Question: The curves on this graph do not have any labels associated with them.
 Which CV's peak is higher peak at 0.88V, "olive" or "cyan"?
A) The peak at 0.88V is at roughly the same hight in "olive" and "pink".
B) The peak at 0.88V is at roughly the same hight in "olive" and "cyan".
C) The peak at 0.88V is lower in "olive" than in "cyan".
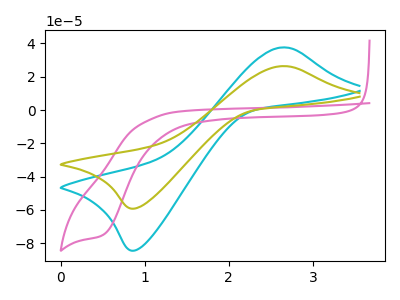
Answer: <think>The cyan curve "cyan" has an anodic peak at (2.65V, 37.65uA) and a cathodic peak at (0.90V, -84.45uA). The pink curve "pink" has a cathodic peak at: (0.50V, -74.75uA). The olive curve "olive" has an anodic peak at (2.65V, 26.40uA) and a cathodic peak at (0.90V, -59.20uA).</think>
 <answer>C) The peak at 0.88V is lower in "olive" than in "cyan".</answer>
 <eval>C</eval>